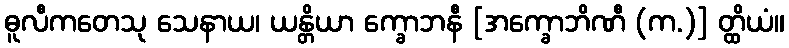
ဓူလီကတေသု သေနာယ၊ ယန္တိယာ က္ခောဘနီ [အက္ခောဘိဏီ (က.)] တ္ထိယံ။